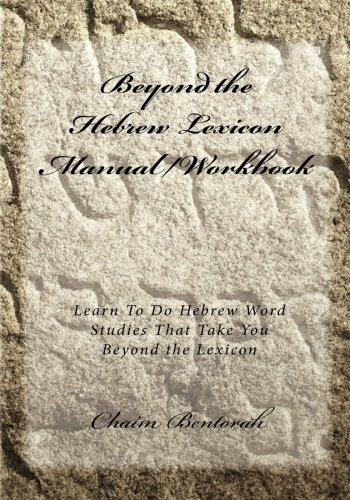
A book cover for Beyond the Hebrew Lexicon Manual/Workbook: Learn To Do Hebrew Word Studies That Take You Beyond the Lexicon; Chaim Bentorah; Reference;